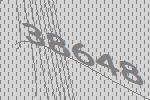
38648